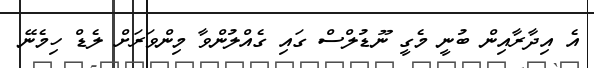
އެ އިދާރާއިން ބުނީ މެގީ ނޫޑުލްސް ގައި ގެއްލުންވާ މިންވަރަށް ލެޑް ހިމެނޭ